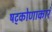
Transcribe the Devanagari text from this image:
षट्कोणाकारं